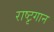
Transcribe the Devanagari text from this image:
राष्टृगान